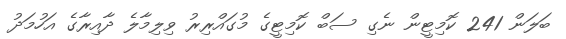
ބަލަން 241 ކޮމިޓީން ނެގި ސަބް ކޮމިޓީގެ މުގައްރިރު ވިލިމާލެ ދާއިރާގެ އަހުމަދު